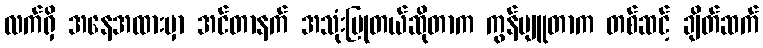
လက်ရှိ အနေအထားမှာ အင်တာနက် အသုံးပြုတယ်ဆိုတာက ကွန်ပျူတာက တစ်ဆင့် ချိတ်ဆက်